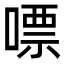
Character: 嘌